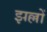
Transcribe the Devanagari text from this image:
झल्लों